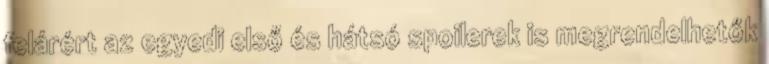
felárért az egyedi első és hátsó spoilerek is megrendelhetők